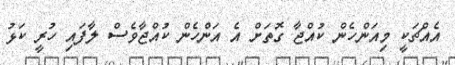
އެއްޗަކީ މިއަންހެން ކުއްޖާ ގޮތަށް އެ އަންހެން ކުއްޖާވެސް ލާފައި ހުރީ ކަޅު